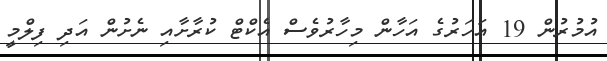
އުމުރުން 19 އަހަރުގެ އަހާން މިހާރުވެސް އެކްޓް ކުރާށާއި ނެށުން އަދި ފިލްމީ